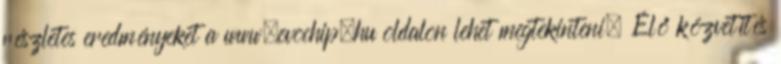
részletes eredményeket a www.evochip.hu oldalon lehet megtekinteni. Élő közvetítés